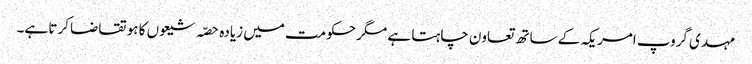
مہدی گروپ امریکہ کے ساتھ تعاون چاہتا ہے مگر حکومت میں زیادہ حصّہ شیعوں کا ہو تقاضا کرتا ہے۔